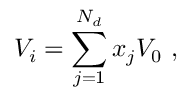
V _ { i } = \sum _ { j = 1 } ^ { N _ { d } } x _ { j } V _ { 0 } \mathrm { ~ , ~ }